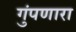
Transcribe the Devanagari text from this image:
गुंपणारा